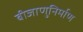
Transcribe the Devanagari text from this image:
बीजाणुनिर्माण